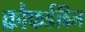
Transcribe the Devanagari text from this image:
क्रौफर्डविल